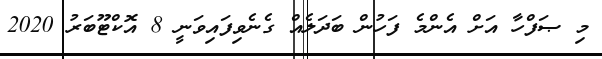
މި ޞަފްހާ އަށް އެންމެ ފަހުން ބަދަލެއް ގެނެވިފައިވަނީ 8 އޮކްޓޫބަރު 2020